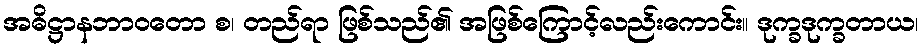
အဓိဋ္ဌာနဘာဝတော စ၊ တည်ရာ ဖြစ်သည်၏ အဖြစ်ကြောင့်လည်းကောင်း။ ဒုက္ခဒုက္ခတာယ၊